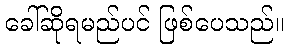
ခေါ်ဆိုရမည်ပင် ဖြစ်ပေသည်။